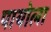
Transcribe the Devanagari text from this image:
पायोला